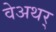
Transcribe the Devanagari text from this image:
वेअथर्